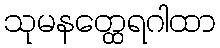
သုမနတ္ထေရဂါထာ